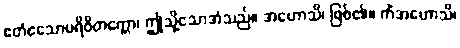
ဧတံဧသောပရိဝိတက္ကော၊ ဤသို့သောအံသည်။ အဟောသိ၊ ဖြစ်၏။ ကိံအဟောသိ၊